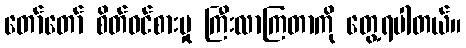
တော်တော် စိတ်ဝင်စားမှု ကြီးလာကြတာကို တွေ့ရပါတယ်။